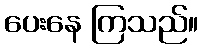
ပေးနေ ကြသည်။